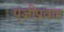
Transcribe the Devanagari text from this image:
पूंजीप्रवाह